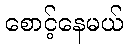
စောင့်နေမယ်